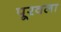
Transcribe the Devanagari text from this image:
पूरवला